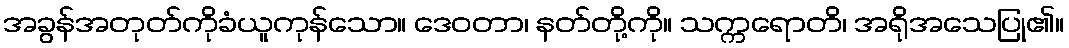
အခွန်အတုတ်ကိုခံယူကုန်သော။ ဒေဝတာ၊ နတ်တို့ကို။ သက္ကရောတိ၊ အရိုအသေပြု၏။